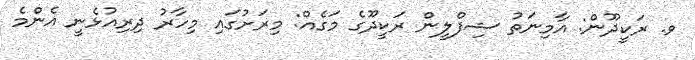
ވ. ރަކީދޫން: އާމިނަތު ޝިފްލީން ރަކީދޫގެ މަގެއް: މިރަށުގައި މިހާރު ދިރިއުޅެނީ އެންމެ